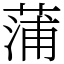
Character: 蒲